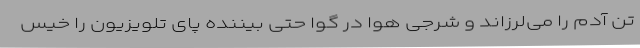
تن آدم را می‌لرزاند و شرجی هوا در گوا حتی بیننده پای تلویزیون را خیس